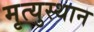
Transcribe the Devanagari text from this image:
मृत्युस्थान